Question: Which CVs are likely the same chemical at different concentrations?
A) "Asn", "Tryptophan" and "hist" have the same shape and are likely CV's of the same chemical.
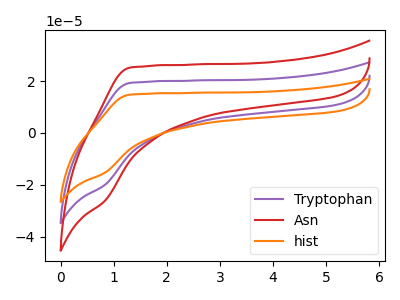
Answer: <think>The purple curve "Tryptophan" has no peaks. The red curve "Asn" has no peaks. The orange curve "hist" has no peaks.
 Neither "Tryptophan" or "Asn" have any peaks. Neither "Tryptophan" or "hist" have any peaks. Neither "Asn" or "hist" have any peaks.</think>
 <answer>A) "Asn", "Tryptophan" and "hist" have the same shape and are likely CV's of the same chemical.</answer>
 <eval>A</eval>